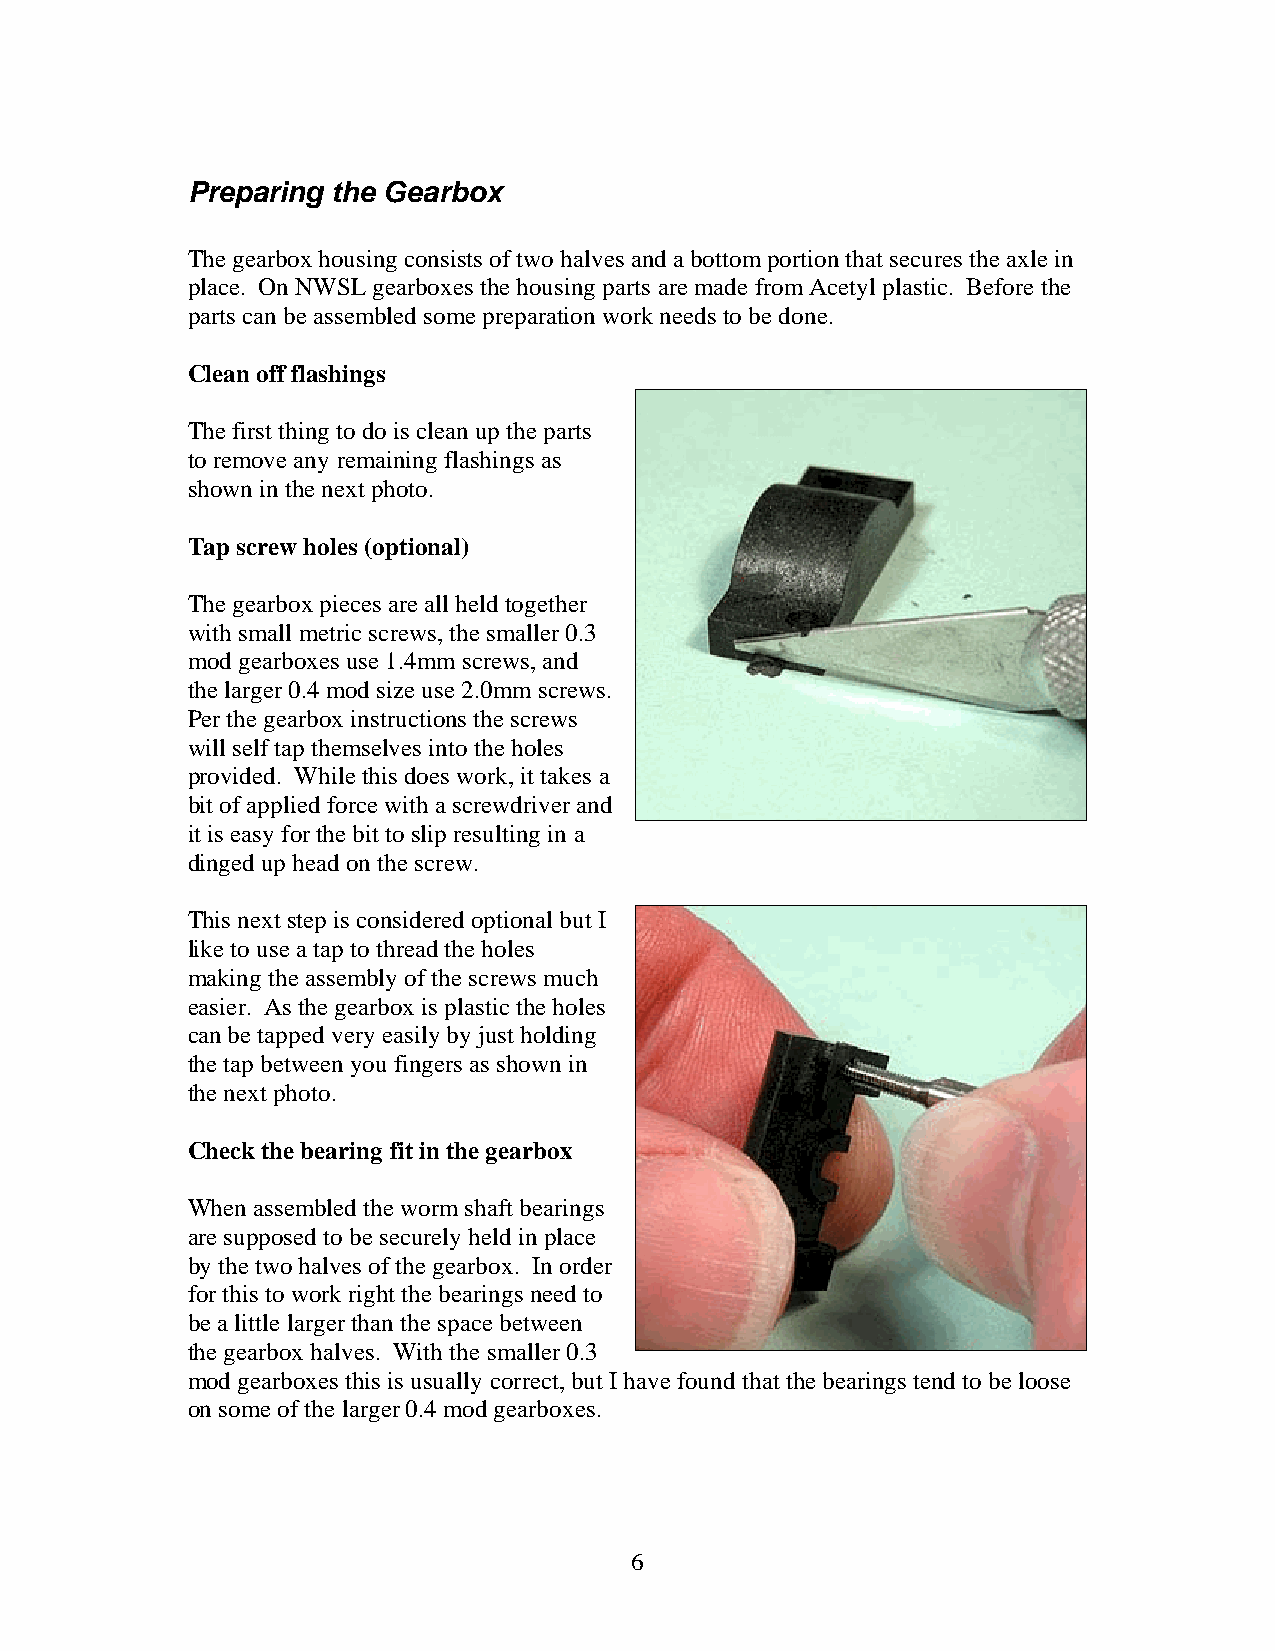
Preparing the Gearbox
 The gearbox housing consists of two halves and a bottom portion that secures the axle in
 place. On NWSL gearboxes the housing parts are made from Acetyl plastic. Before the
 parts can be assembled some preparation work needs to be done.
 Clean off flashings
 The first thing to do is clean up the parts
 to remove any remaining flashings as
 shown in the next photo.
 Tap screw holes (optional)
 The gearbox pieces are all held together
 with small metric screws, the smaller 0.3
 mod gearboxes use 1.4mm screws, and
 the larger 0.4 mod size use 2.0mm screws.
 Per the gearbox instructions the screws
 will self tap themselves into the holes
 provided. While this does work, it takes a
 bit of applied force with a screwdriver and
 it is easy for the bit to slip resulting in a
 dinged up head on the screw.
 This next step is considered optional but I
 like to use a tap to thread the holes
 making the assembly of the screws much
 easier. As the gearbox is plastic the holes
 can be tapped very easily by just holding
 the tap between you fingers as shown in
 the next photo.
 Check the bearing fit in the gearbox
 When assembled the worm shaft bearings
 are supposed to be securely held in place
 by the two halves of the gearbox. In order
 for this to work right the bearings need to
 be a little larger than the space between
 the gearbox halves. With the smaller 0.3
 mod gearboxes this is usually correct, but I have found that the bearings tend to be loose
 on some of the larger 0.4 mod gearboxes.
 6